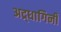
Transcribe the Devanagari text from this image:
अद्र्धागिनी